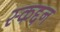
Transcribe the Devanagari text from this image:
स्कद्दन